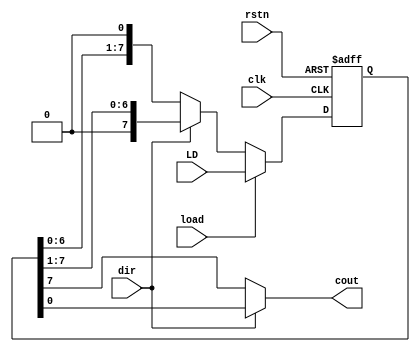
module  shft_mod(
input clk,
input rstn,
input load, dir,
input [7:0] LD,
output cout
);

reg [7:0] shft_reg;

always @(posedge clk or negedge rstn)
begin
 if(~rstn)
  begin
   shft_reg <= 8'h00;
  end
 else
  begin
   if(load)
    shft_reg <= LD[7:0];
   else
    if(dir)
     shft_reg[7:0] <= {1'b0, shft_reg[7:1]};
    else
     shft_reg[7:0] <= {shft_reg[6:0], 1'b0};
  end
end

assign cout = dir ? shft_reg[0] : shft_reg[7];

endmodule